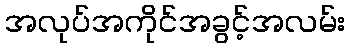
အလုပ်အကိုင်အခွင့်အလမ်း